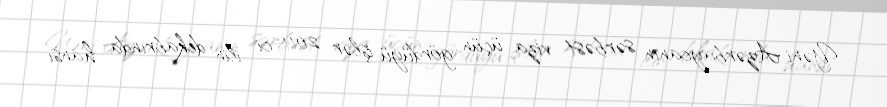
Yəni Azərbaycanın sərbəst viza üçün gördüyü işlər 2011-ci ilin dekabrında hansı